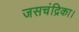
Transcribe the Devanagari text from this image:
जसचंद्रिका।